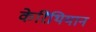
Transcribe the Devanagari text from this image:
केरिंथियान